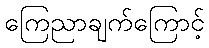
ကြေညာချက်ကြောင့်